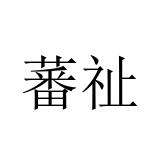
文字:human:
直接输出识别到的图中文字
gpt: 蕃祉